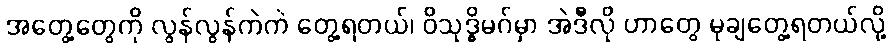
အတွေ့တွေကို လွန်လွန်ကဲကဲ တွေ့ရတယ်၊ ဝိသုဒ္ဓိမဂ်မှာ အဲဒီလို ဟာတွေ မုချတွေ့ရတယ်လို့